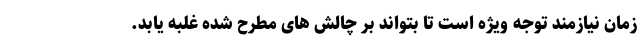
زمان نیازمند توجه ویژه است تا بتواند بر چالش های مطرح شده غلبه یابد.